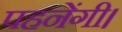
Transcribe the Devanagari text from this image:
पहनेंगी।